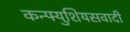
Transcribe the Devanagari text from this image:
कन्फ्युशियसवादी